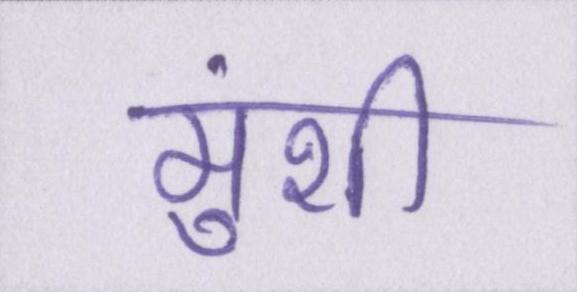
मुंशी